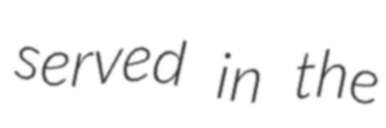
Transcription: served in the